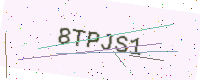
Text: 8TPJS1